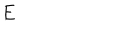
LaTeX: E